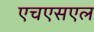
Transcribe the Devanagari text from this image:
एचएसएल